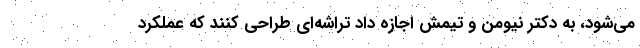
می‌شود، به دکتر نیومن و تیمش اجازه داد تراشه‌ای طراحی کنند که عملکرد